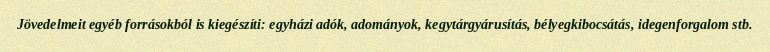
Jövedelmeit egyéb forrásokból is kiegészíti: egyházi adók, adományok, kegytárgyárusítás, bélyegkibocsátás, idegenforgalom stb.